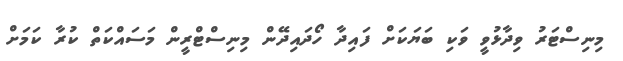
މިނިސްޓަރު ވިދާޅުވީ ވަކި ބަޔަކަށް ފައިދާ ހޯދައިދޭން މިނިސްޓްރީން މަސައްކަތް ކުރާ ކަމަށް